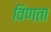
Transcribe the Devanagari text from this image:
विणता